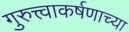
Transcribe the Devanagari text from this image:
गुरुत्त्वाकर्षणाच्या